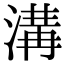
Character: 溝